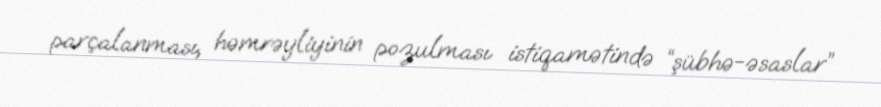
parçalanması, həmrəyliyinin pozulması istiqamətində “şübhə-əsaslar”